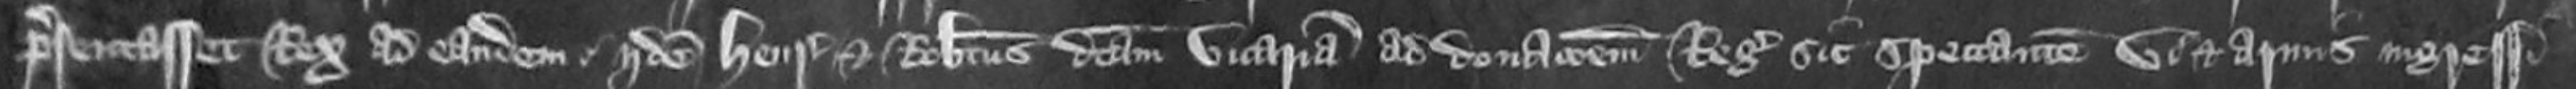
presentasset Rex ad eandem iidem Henricus et Robertus dictam vicariam ad donacionem Regis sic spectantem vi et armis ingressi